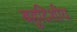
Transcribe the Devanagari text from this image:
बहुदिशीय